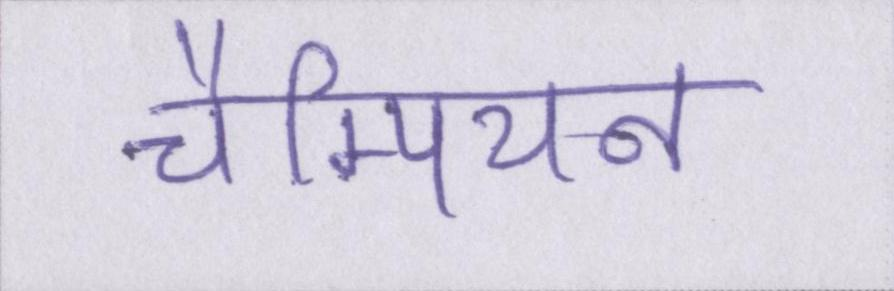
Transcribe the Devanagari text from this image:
चैम्पियन